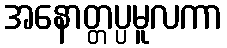
အနောတ္တပ္ပမူလကာ